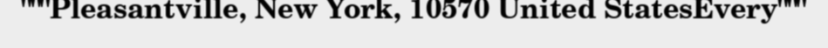
"""Pleasantville, New York, 10570 United StatesEvery"""